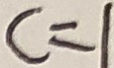
c = 1